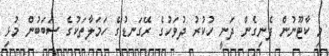
މި ކާޓޫނުން ފެނިގެން ދަނީ ހުކުރު ދުވަހުގެ ރޭގަނޑުގެ ހަމަލާތަކުގެ ސަބަބުން މުޅި